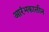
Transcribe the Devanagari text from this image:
आरंभकालीन